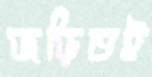
জড়িতই